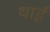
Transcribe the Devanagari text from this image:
थाईं